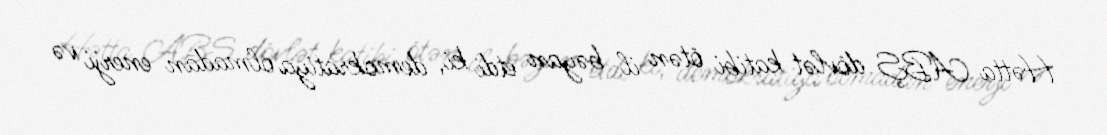
Hətta ABŞ dövlət katibi ötən il bəyan etdi ki, demokratiya olmadan enerji və